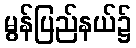
မွန်ပြည်နယ်၌